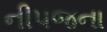
નીપજના